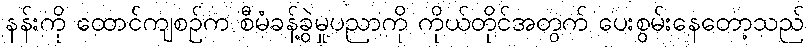
နန်းကို ထောင်ကျစဉ်က စီမံခန့်ခွဲမှုပညာကို ကိုယ်တိုင်အတွက် ပေးစွမ်းနေတော့သည်